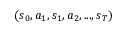
( s _ { 0 } , a _ { 1 } , s _ { 1 } , a _ { 2 } , . . . , s _ { T } )